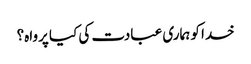
خدا کو ہماری عبادت کی کیا پرواہ؟